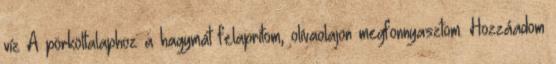
víz A pörköltalaphoz a hagymát felaprítom, olívaolajon megfonnyasztom. Hozzáadom